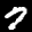
Label: 7